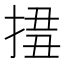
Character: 𢮢